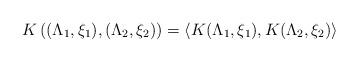
LaTeX: \begin{align*} K\left((\Lambda_1,\xi_1),(\Lambda_2,\xi_2)\right)= \langle K(\Lambda_1,\xi_1),K(\Lambda_2,\xi_2)\rangle\end{align*}